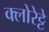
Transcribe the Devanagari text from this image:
क्‍लोरेट्टे